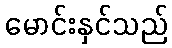
မောင်းနှင်သည်